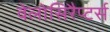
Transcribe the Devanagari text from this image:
वेलोसिरैप्टर्स